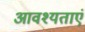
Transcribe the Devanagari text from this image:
आवश्यताएं